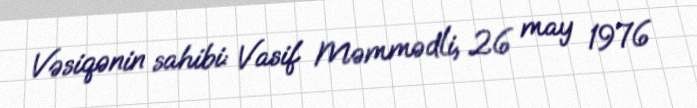
Vəsiqənin sahibi: Vasif Məmmədli, 26 may 1976